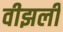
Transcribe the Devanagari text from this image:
वीझली